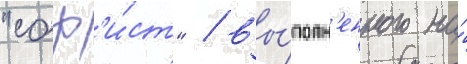
"соф'и́ст" / вы́полн'енного на́